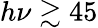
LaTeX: h\nu\gtrsim 45